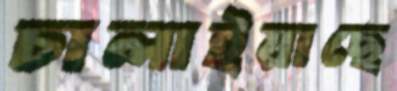
চালাইয়াছে